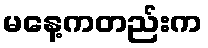
မနေ့ကတည်းက